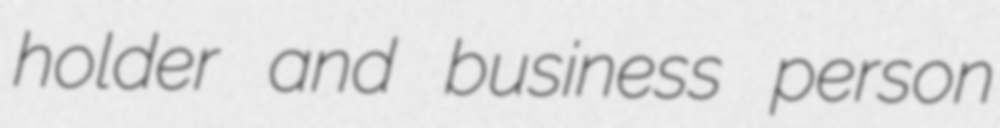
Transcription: holder and business person